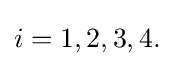
{\textstyle i=1,2,3,4.}